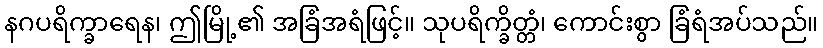
နဂပရိက္ခာရေန၊ ဤမြို့၏ အခြံအရံဖြင့်။ သုပရိက္ခိတ္တံ၊ ကောင်းစွာ ခြံရံအပ်သည်။